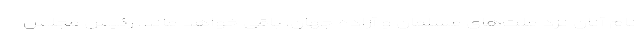
نام آنان نزد ملت‌های مسلمان و آزاده جهان، باقی خواهد ماند. رئیس مجلس